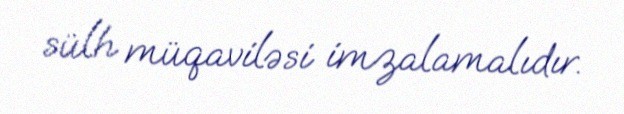
sülh müqaviləsi imzalamalıdır.